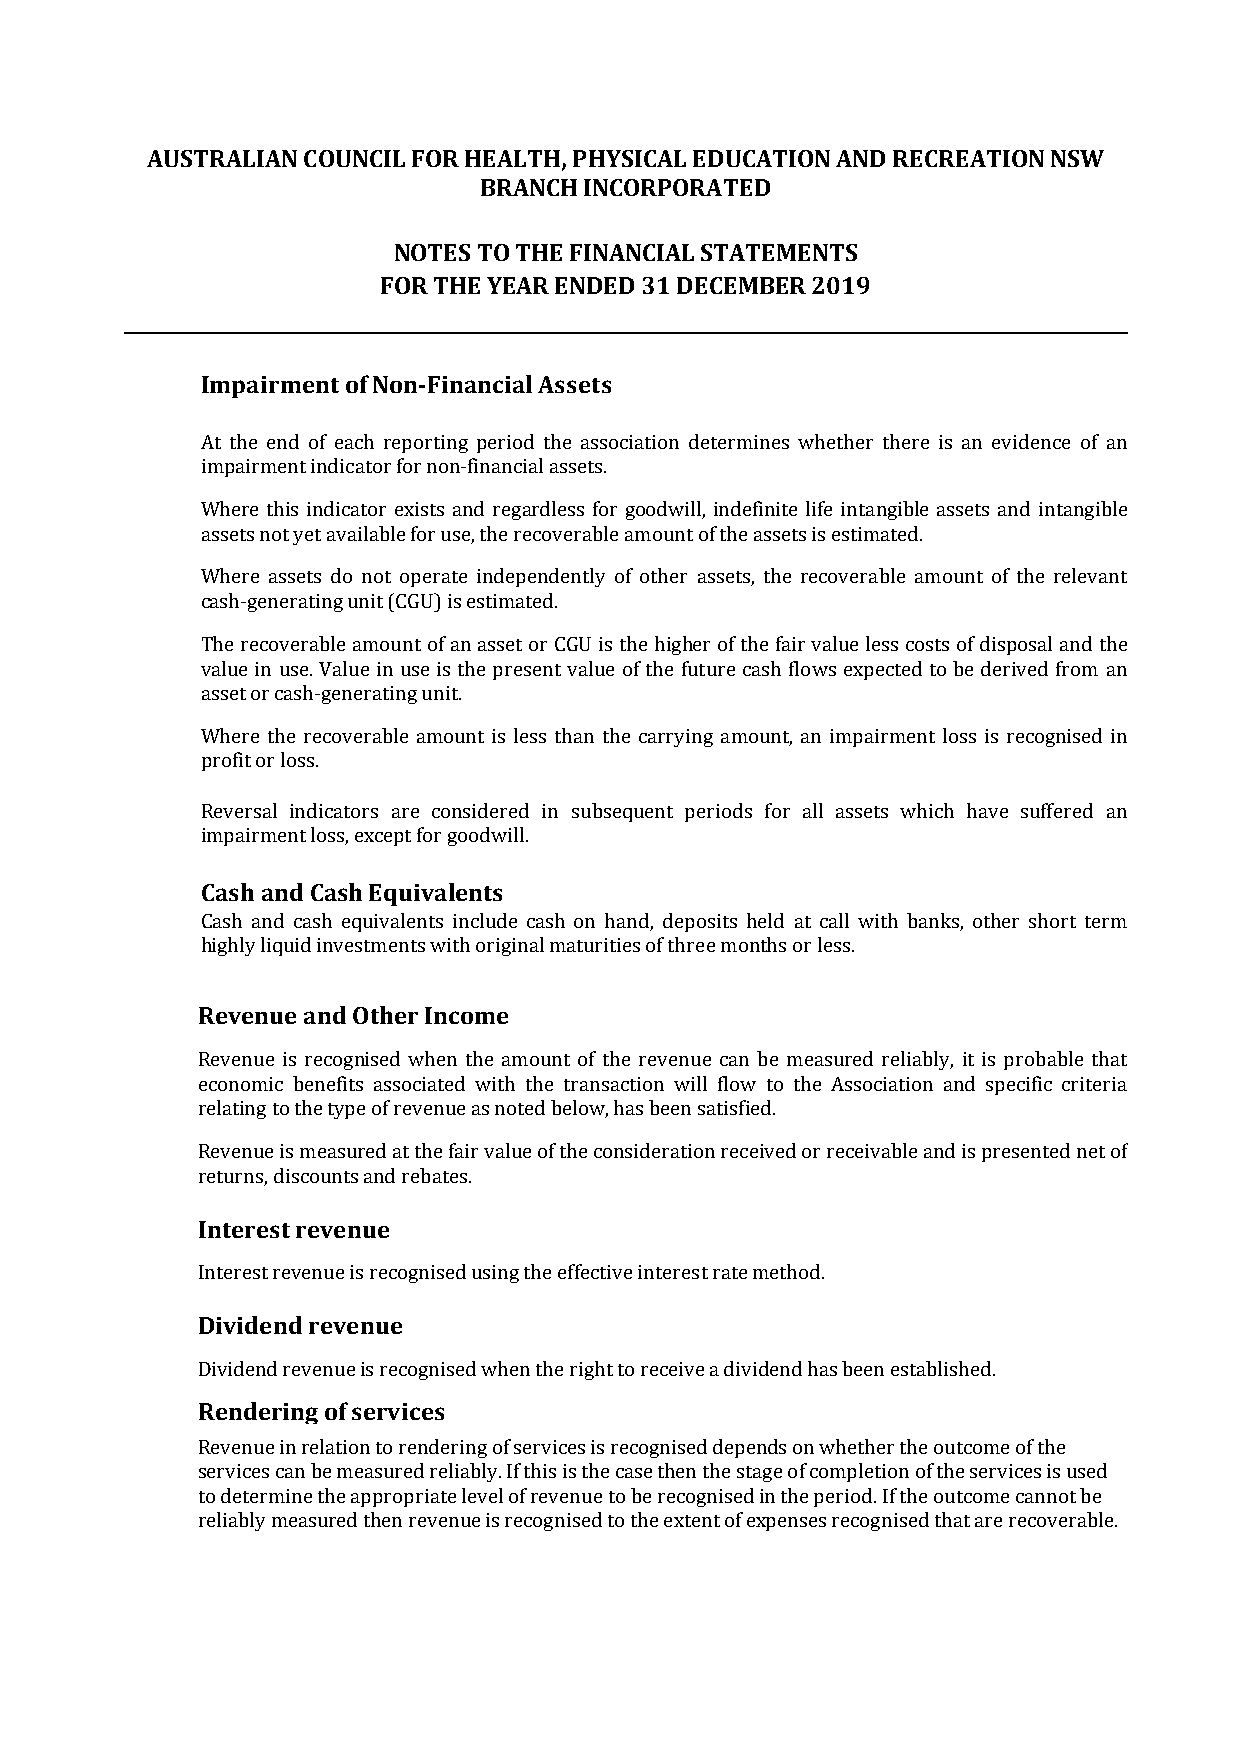
AUSTRALIAN COUNCIL FOR HEALTH, PHYSICAL EDUCATION AND RECREATION NSW
 BRANCH INCORPORATED
 NOTES TO THE FINANCIAL STATEMENTS
 FOR THE YEAR ENDED 31 DECEMBER 2019
 Impairment of Non-Financial Assets
 At the end of each reporting period the association determines whether there is an evidence of an
 impairment indicator for non‑financial assets.
 Where this indicator exists and regardless for goodwill, indefinite life intangible assets and intangible
 assets not yet available for use, the recoverable amount of the assets is estimated.
 Where assets do not operate independently of other assets, the recoverable amount of the relevant
 cash‑generating unit (CGU) is estimated.
 The recoverable amount of an asset or CGU is the higher of the fair value less costs of disposal and the
 value in use. Value in use is the present value of the future cash flows expected to be derived from an
 asset or cash‑generating unit.
 Where the recoverable amount is less than the carrying amount, an impairment loss is recognised in
 profit or loss.
 Reversal indicators are considered in subsequent periods for all assets which have suffered an
 impairment loss, except for goodwill.
 Cash and Cash Equivalents
 Cash and cash equivalents include cash on hand, deposits held at call with banks, other short term
 highly liquid investments with original maturities of three months or less.
 Revenue and Other Income
 Revenue is recognised when the amount of the revenue can be measured reliably, it is probable that
 economic benefits associated with the transaction will flow to the Association and specific criteria
 relating to the type of revenue as noted below, has been satisfied.
 Revenue is measured at the fair value of the consideration received or receivable and is presented net of
 returns, discounts and rebates.
 Interest revenue
 Interest revenue is recognised using the effective interest rate method.
 Dividend revenue
 Dividend revenue is recognised when the right to receive a dividend has been established.
 Rendering of services
 Revenue in relation to rendering of services is recognised depends on whether the outcome of the
 services can be measured reliably. If this is the case then the stage of completion of the services is used
 to determine the appropriate level of revenue to be recognised in the period. If the outcome cannot be
 reliably measured then revenue is recognised to the extent of expenses recognised that are recoverable.